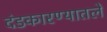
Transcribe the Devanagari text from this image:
दंडकारण्यातले